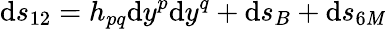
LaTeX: \mathrm{d}s_{12}=h_{pq}\mathrm{d}y^{p}\mathrm{d}y^{q}+\mathrm{d}s_{B}+\mathrm{d}s_{6{\cal\mathit{M}}}